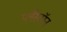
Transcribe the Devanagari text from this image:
प्लँस्टॉन